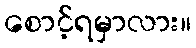
စောင့်ရမှာလား။